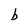
Character: b